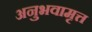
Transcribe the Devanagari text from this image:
अनुभवामृत्त